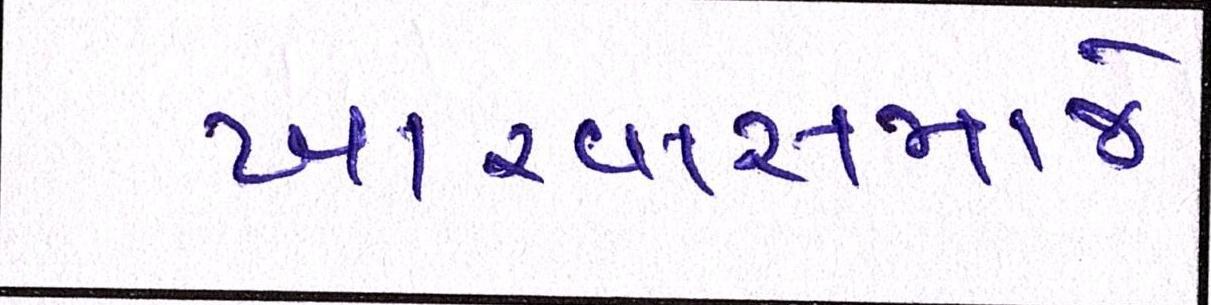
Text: ખારવાસમાજે